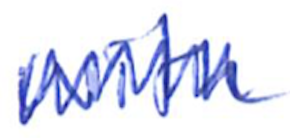
Text: with
Cross-out: zig-zag
Writing tool: ballpoint